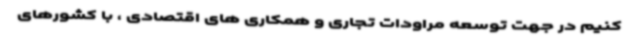
کنیم در جهت توسعه مراودات تجاری و همکاری های اقتصادی ، با کشورهای